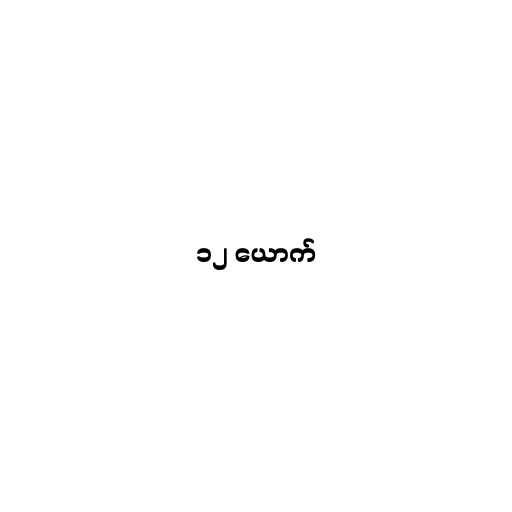
၁၂ ယောက်